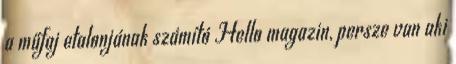
a műfaj etalonjának számító Hello magazin, persze van aki